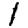
Digit: 1